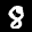
Label: 8